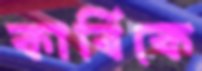
কার্বিকে